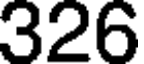
326